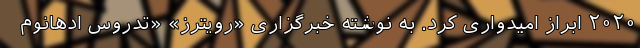
۲۰۲۰ ابراز امیدواری کرد. به نوشته خبرگزاری «رویترز» «تدروس ادهانوم